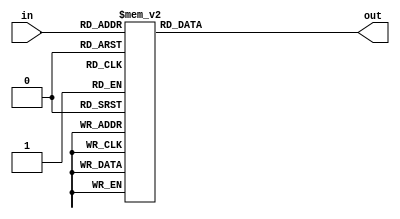
`timescale 1ns / 1ps
//////////////////////////////////////////////////////////////////////////////////
// Company: 
// Engineer: 
// 
// Design Name: 
// Module Name:    add 
// Project Name: 
// Target Devices: 
// Tool versions: 
// Description: 
//
// Dependencies: 
//
// Revision: 
// Revision 0.01 - File Created
// Additional Comments: 
//
//////////////////////////////////////////////////////////////////////////////////
module add(
    in, out);
	 input [3:0] in;
	 output [3:0] out;
	 reg [3:0] out;
	 always@(in)
	 case (in)
	 4'b0000: out <= 4'b0000;
	 4'b0001: out <= 4'b0001;
	 4'b0010: out <= 4'b0010;
	 4'b0011: out <= 4'b0011;
	 4'b0100: out <= 4'b0100;
	 4'b0101: out <= 4'b1000;
	 4'b0110: out <= 4'b1001;
	 4'b0111: out <= 4'b1010;
	 4'b1000: out <= 4'b1011;
	 4'b1001: out <= 4'b1100;
	 default: out <= 4'b0000;
	 endcase


endmodule